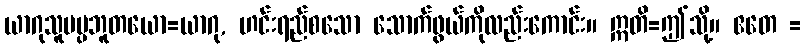
ယာဂုသူပပ္ပဘူတယော=ယာဂု, ဟင်းရည်စသော သောက်ဖွယ်ကိုလည်းကောင်း။ ဣတိ=ဤသို့။ ဧတေ =